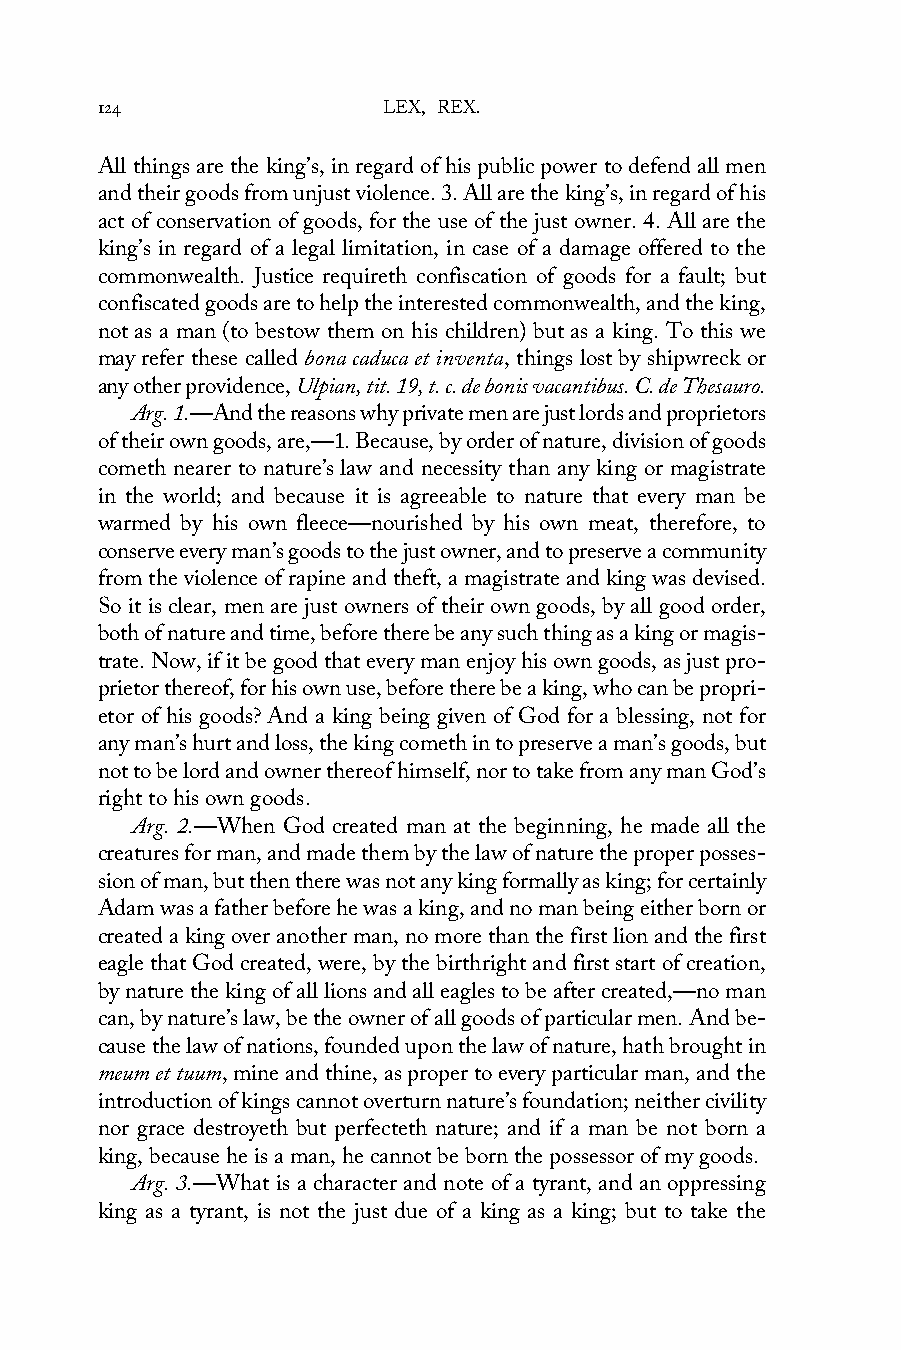
124                LEX, REX.
 All things are the king’s, in regard of his public power to defend all men
 and their goods from unjust violence. 3. All are the king’s, in regard of his
 act of conservation of goods, for the use of the just owner. 4. All are the
 king’s in regard of a legal limitation, in case of a damage offered to the
 commonwealth. Justice requireth confiscation of goods for a fault; but
 confiscated goods are to help the interested commonwealth, and the king,
 not as a man (to bestow them on his children) but as a king. To this we
 may refer these called bona caduca et inventa, things lost by shipwreck or
 any other providence, Ulpian, tit. 19, t. c. de bonis vacantibus. C. de Thesauro.
 Arg. 1.—And the reasons why private men are just lords and proprietors
 of their own goods, are,—1. Because, by order of nature, division of goods
 cometh nearer to nature’s law and necessity than any king or magistrate
 in the world; and because it is agreeable to nature that every man be
 warmed by his own fleece—nourished by his own meat, therefore, to
 conserve every man’s goods to the just owner, and to preserve a community
 from the violence of rapine and theft, a magistrate and king was devised.
 So it is clear, men are just owners of their own goods, by all good order,
 both of nature and time, before there be any such thing as a king or magis-
 trate. Now, if it be good that every man enjoy his own goods, as just pro-
 prietor thereof, for his own use, before there be a king, who can be propri-
 etor of his goods? And a king being given of God for a blessing, not for
 any man’s hurt and loss, the king cometh in to preserve a man’s goods, but
 not to be lord and owner thereof himself, nor to take from any man God’s
 right to his own goods.
 Arg. 2.—When God created man at the beginning, he made all the
 creatures for man, and made them by the law of nature the proper posses-
 sion of man, but then there was not any king formally as king; for certainly
 Adam was a father before he was a king, and no man being either born or
 created a king over another man, no more than the first lion and the first
 eagle that God created, were, by the birthright and first start of creation,
 by nature the king of all lions and all eagles to be after created,—no man
 can, by nature’s law, be the owner of all goods of particular men. And be-
 cause the law of nations, founded upon the law of nature, hath brought in
 meum et tuum, mine and thine, as proper to every particular man, and the
 introduction of kings cannot overturn nature’s foundation; neither civility
 nor grace destroyeth but perfecteth nature; and if a man be not born a
 king, because he is a man, he cannot be born the possessor of my goods.
 Arg. 3.—What is a character and note of a tyrant, and an oppressing
 king as a tyrant, is not the just due of a king as a king; but to take the